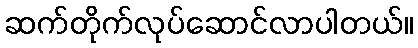
ဆက်တိုက်လုပ်ဆောင်လာပါတယ်။